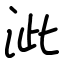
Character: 泚